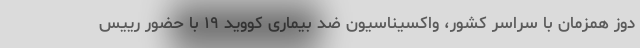
دوز همزمان با سراسر کشور، واکسیناسیون ضد بیماری کووید ۱۹ با حضور رییس